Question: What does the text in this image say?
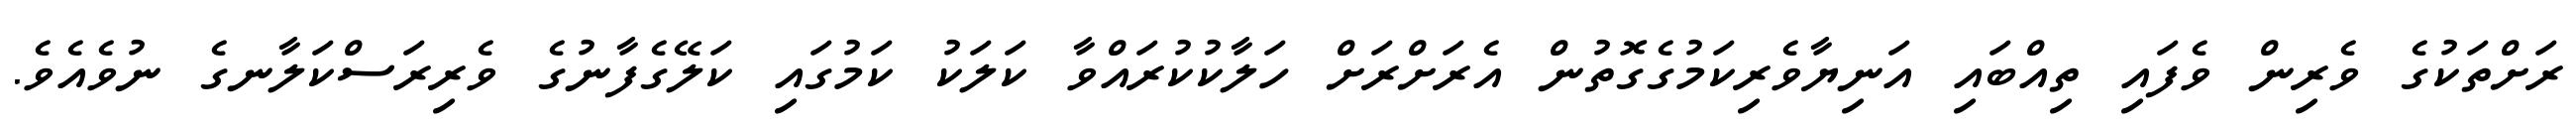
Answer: ރަށްތަކުގެ ވެރިން ވެފައި ތިއްބައި އަނިޔާވެރިކަމުގެގޮތުން އެރަށްރަށް ހަލާކުކުރައްވާ ކަލަކު ކަމުގައި ކަލޭގެފާނުގެ ވެރިރަސްކަލާނގެ ނުވެއެވެ.